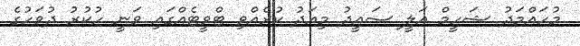
މުހައްމަދު ޝަހީމް އަލީ ސައީދު މިއަދު ކުރެއްވި ޓްވީޓެއްގައި ވަނީ ހުކުރު ދުވަހުގެ